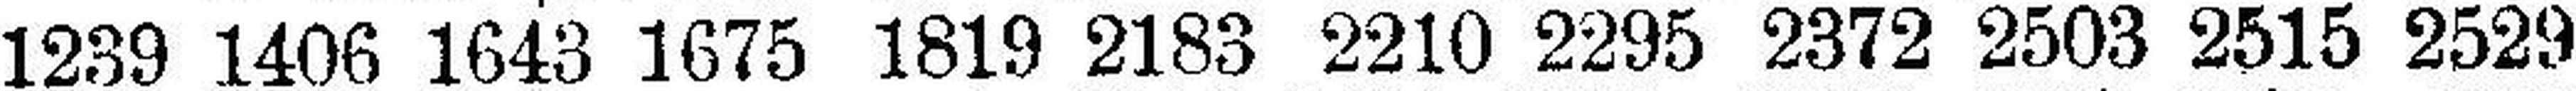
1239 1406 1643 1675 1819 2183 2210 2295 2372 2503 2515 2529